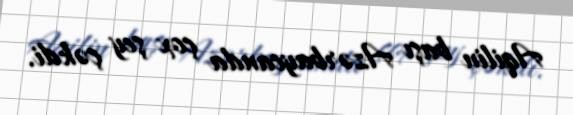
Aqilin başı Azərbaycanda çox şey çəkdi.